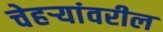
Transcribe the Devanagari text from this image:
चेहर्‍यांवरील